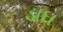
ડાઘ